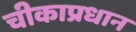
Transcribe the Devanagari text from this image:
चीकाप्रधान